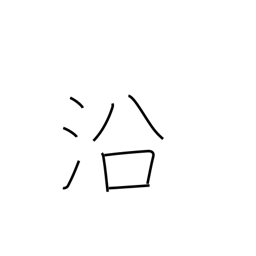
Meaning: lie along